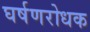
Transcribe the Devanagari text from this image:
घर्षणरोधक